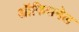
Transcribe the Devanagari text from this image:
ऑफिसनेल